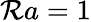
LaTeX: \mathcal{R}a=1